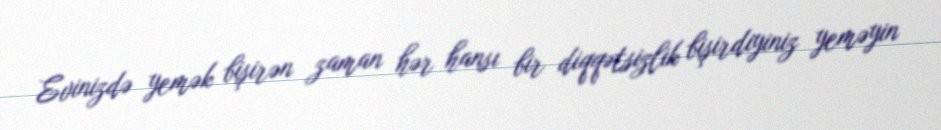
Evinizdə yemək bişirən zaman hər hansı bir diqqətsizlik bişirdiyiniz yeməyin